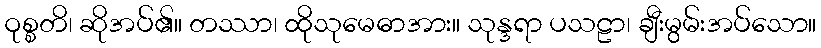
ဝုစ္စတိ၊ ဆိုအပ်၏။ တဿာ၊ ထိုသုမေဓာအား။ သုန္ဒရာ ပသဠာ၊ ချီးမွမ်းအပ်သော။